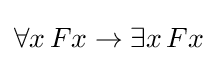
\forall x\,Fx\rightarrow \exists x\,Fx